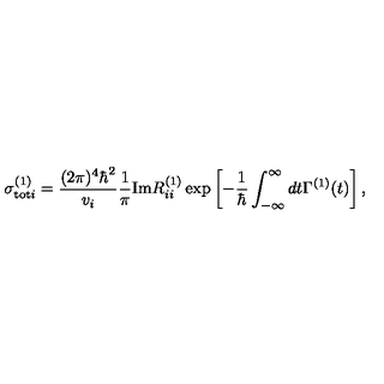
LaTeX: \sigma _ { \mathrm { t o t } i } ^ { ( 1 ) } = \frac { ( 2 \pi ) ^ { 4 } \hbar ^ { 2 } } { v _ { i } } \frac { 1 } { \pi } \mathrm { I m } R _ { i i } ^ { ( 1 ) } \exp \left[ - \frac { 1 } { \hbar } \int _ { - \infty } ^ { \infty } d t \Gamma ^ { ( 1 ) } ( t ) \right] ,